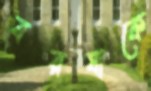
বরষাকে